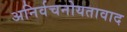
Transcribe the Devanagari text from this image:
अनिर्वचनोयतावाद